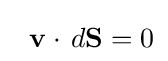
\;\;\mathbf {v} \cdot \,d\mathbf {S} =0